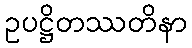
ဥပဋ္ဌိတဿတိနာ